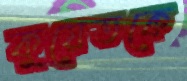
কুয়েতকে